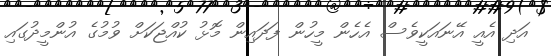
އަދި އެއީ އޭނައަކީވެސް އެހެން މީހުން ފަދައިން މޮޅު ކުއްޖަކަށް ވުމުގެ އުންމީދުގައި